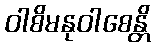
ဝါစိမနုဝါစေန္တိ